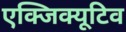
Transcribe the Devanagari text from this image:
एक्‍जिक्‍यूटिव